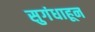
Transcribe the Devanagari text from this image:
सुगंधाहून